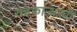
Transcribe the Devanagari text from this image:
सहकाऱ्याची